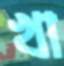
খা